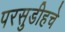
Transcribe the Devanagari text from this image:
परसुडीहचे